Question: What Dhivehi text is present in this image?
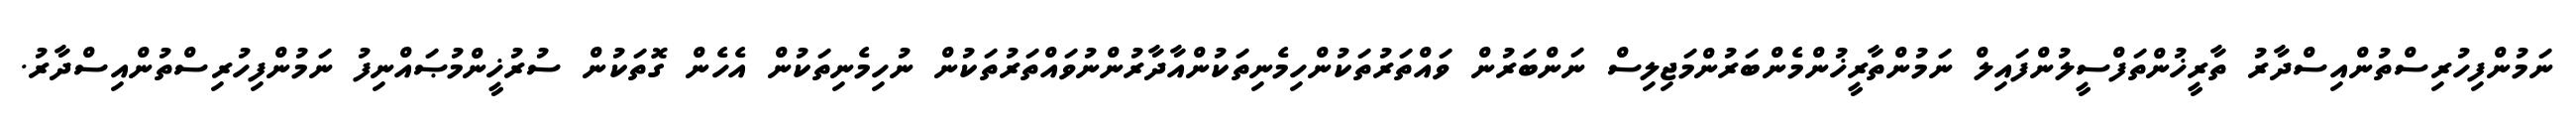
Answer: ނަމުންފިހުރިސްތުންއިސްދާރު ތާރީޚުންތަފްސީލުންފައިލް ނަމުންތާރީޚުންމެންބަރުންމަޖިލިސް ނަންބަރުން ވައްތަރުތަކުންހިމެނިތަކުންއާދާރުންނުވައްތަރުތަކުން ނުހިމެނިތަކުން އެހެން ގޮތަކުން ސުރުޚީންމުޞައްނިފު ނަމުންފިހުރިސްތުންއިސްދާރު.